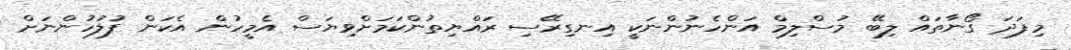
މިފަދަ ގޯނާތައް ލިބޭ މުސްލިމް އަންހެނުންނަކީ އިނގިރޭސި ރައްޔިތުންކަމަށްވިޔަސް އެމީހުން އެކަން ފުލުހުންނަށް